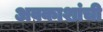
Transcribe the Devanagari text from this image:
अवकाशांची